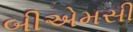
બીએમસી